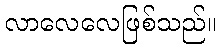
လာလေလေဖြစ်သည်။